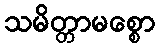
သမိတ္တာမစ္စော